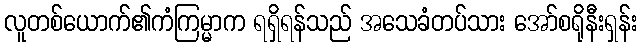
လူတစ်ယောက်၏ကံကြမ္မာက ရရှိရန်သည် အသေခံတပ်သား အော်စရိုနီးရှန်း